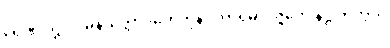
ရေဏုဝဋ္ဋိ ဝိဝိဓနယတ္တာဒိဟေတုနာ ကာရမာပဇ္ဇတေ နိဋ္ဌုဘိတွာဝ